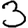
Digit: 3